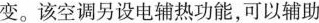
变。该空调另设电辅热功能，可以辅助